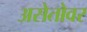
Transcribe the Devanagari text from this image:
असेतोवर